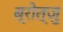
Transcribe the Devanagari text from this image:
ब्रोत्ज़ु